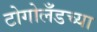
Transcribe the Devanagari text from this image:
टोगोलँडच्या